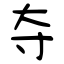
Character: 夺